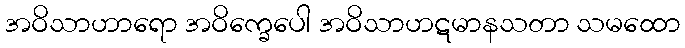
အဝိသာဟာရော အဝိက္ခေပေါ အဝိသာဟဋမာနသတာ သမထော